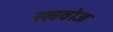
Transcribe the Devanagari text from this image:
स्लवोज